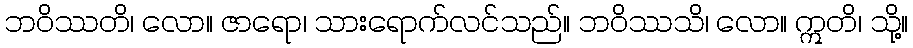
ဘဝိဿတိ၊ လော။ ဇာရော၊ သားရောက်လင်သည်။ ဘဝိဿသိ၊ လော။ ဣတိ၊ သို့။